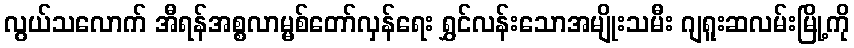
လွယ်သလောက် အီရန်အစ္စလာမ္မစ်တော်လှန်ရေး ရွှင်လန်းသောအမျိုးသမီး ဂျရူးဆလမ်းမြို့ကို